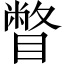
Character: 瞥